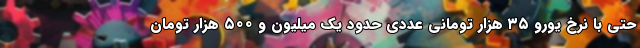
حتی با نرخ یورو ۳۵ هزار تومانی عددی حدود یک میلیون و ۵۰۰ هزار تومان